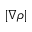
| \nabla \rho |